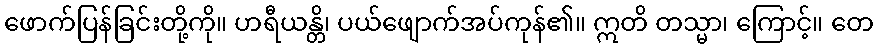
ဖောက်ပြန်ခြင်းတို့ကို။ ဟရီယန္တိ၊ ပယ်ဖျောက်အပ်ကုန်၏။ ဣတိ တသ္မာ၊ ကြောင့်။ တေ